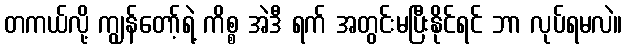
တကယ်လို့ ကျွန်တော့်ရဲ့ ကိစ္စ အဲဒီ ရက် အတွင်းမပြီးနိုင်ရင် ဘာ လုပ်ရမလဲ။